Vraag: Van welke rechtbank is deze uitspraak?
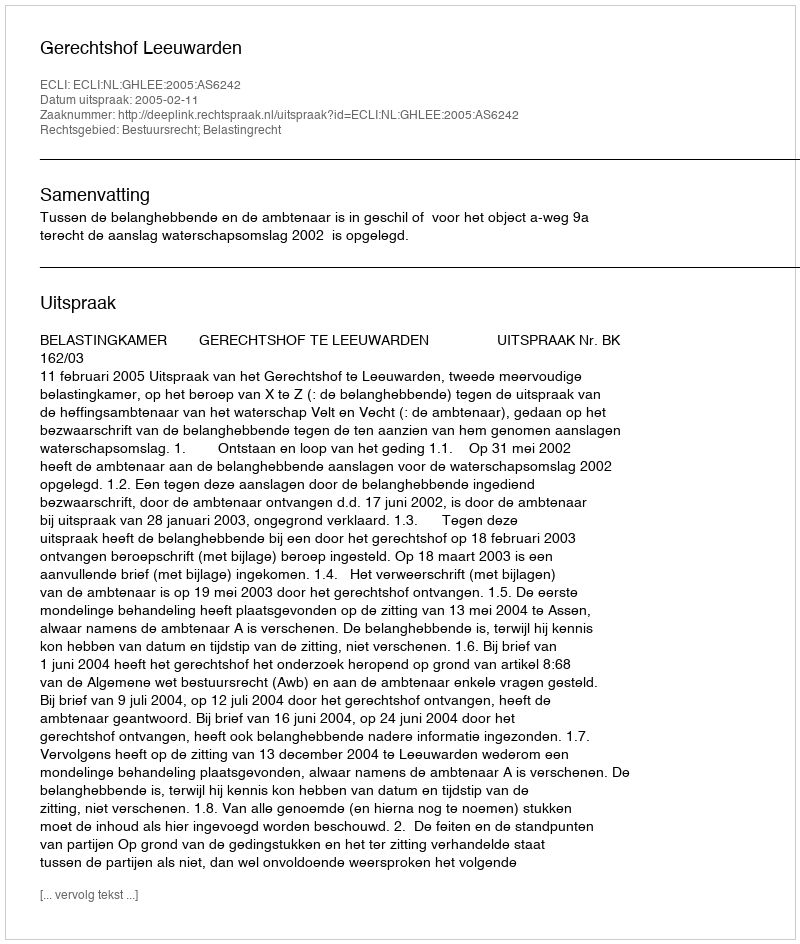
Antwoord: Gerechtshof Leeuwarden